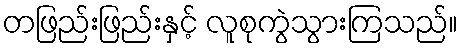
တဖြည်းဖြည်းနှင့် လူစုကွဲသွားကြသည်။